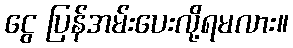
ငွေ ပြန်အမ်းပေးလို့ရမလား။